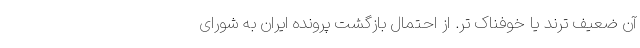
آن ضعیف ترند یا خوفناک تر. از احتمال بازگشت پرونده ایران به شورای